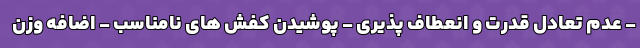
- عدم تعادل قدرت و انعطاف پذیری - پوشیدن کفش های نامناسب - اضافه وزن